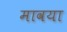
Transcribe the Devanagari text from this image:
मावया